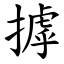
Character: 摢